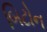
બિટોન